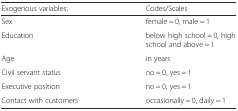
| Exogenous variables: | Codes/Scales |
 | --- | --- |
 | Sex | female = 0, male = 1 |
 | Education | below high school = 0, high school and above = 1 |
 | Age | in years |
 | Civil servant status | no = 0, yes = 1 |
 | Executive position | no = 0, yes = 1 |
 | Contact with customers | occasionally = 0, daily = 1 |